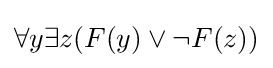
\forall y\exists z(F(y)\vee \neg F(z))